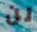
لن